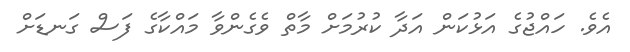
އެވެ. ހައްޖުގެ އަޅުކަން އަދާ ކުރުމަށް މާތް ވެގެންވާ މައްކާގެ ފަސް ގަނޑަށް